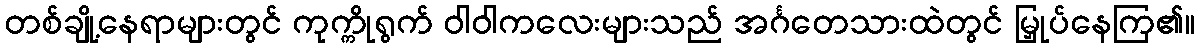
တစ်ချို့နေရာများတွင် ကုက္ကိုရွက် ဝါဝါကလေးများသည် အင်္ဂတေသားထဲတွင် မြှုပ်နေကြ၏။